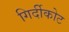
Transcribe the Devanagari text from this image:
गिर्दीकोट